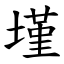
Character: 墐